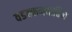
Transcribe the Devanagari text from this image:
वडक्कनवातिल